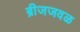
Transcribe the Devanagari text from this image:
ब्रीजजवळ